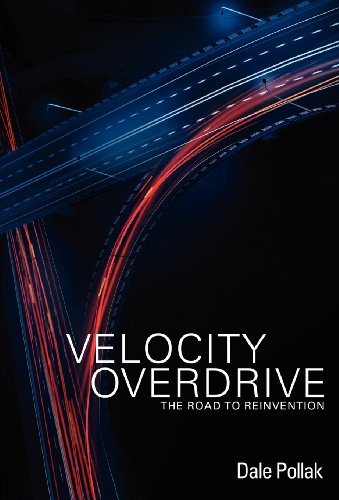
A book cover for Velocity Overdrive: The Road To Reinvention; Dale Pollak; Engineering & Transportation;